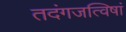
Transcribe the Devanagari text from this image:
तदंगजत्विषां